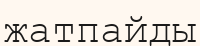
жатпайды